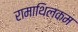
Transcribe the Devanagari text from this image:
रामाथिलकम